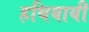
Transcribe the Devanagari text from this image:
हथियायी